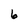
Character: 6